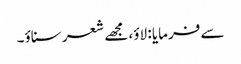
سے فرمایا : لاؤ، مجھے شعر سناؤ۔